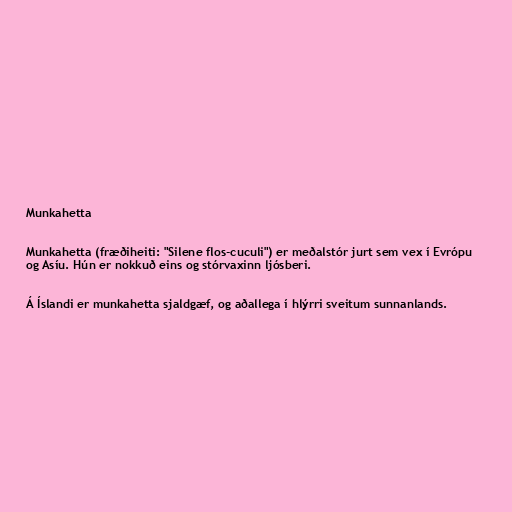
Munkahetta

Munkahetta (fræðiheiti: "Silene flos-cuculi") er meðalstór jurt sem vex í Evrópu
og Asíu. Hún er nokkuð eins og stórvaxinn ljósberi.

Á Íslandi er munkahetta sjaldgæf, og aðallega í hlýrri sveitum sunnanlands.